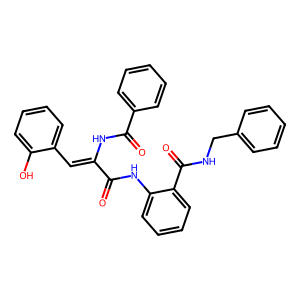
SMILES: O=C(Nc1ccccc1C(=O)NCc1ccccc1)C(=Cc1ccccc1O)NC(=O)c1ccccc1
Inhibits HIV replication: No